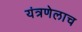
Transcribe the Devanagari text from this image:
यंत्रणेलाच